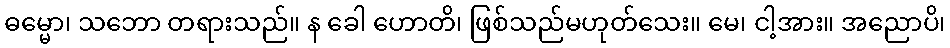
ဓမ္မော၊ သဘော တရားသည်။ န ခေါ ဟောတိ၊ ဖြစ်သည်မဟုတ်သေး။ မေ၊ ငါ့အား။ အညောပိ၊